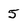
Character: 5